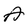
Character: A